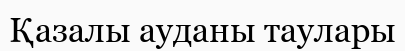
Қазалы ауданы таулары